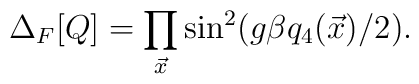
\Delta_F[Q] = \prod_{{\vec x}} \sin^2(g \beta q_4({\vec x})/2).